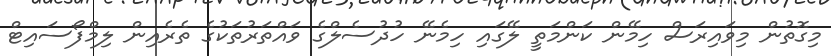
މިގޮތުން މިވައިރަސް ހިމޭން ކަންމަތީ ލޭގައި ހިމެނޭ ހުދުސެލްގެ ވައްތަރުތަކުގެ ތެރެއިން ލިމްފޯސައިޓް